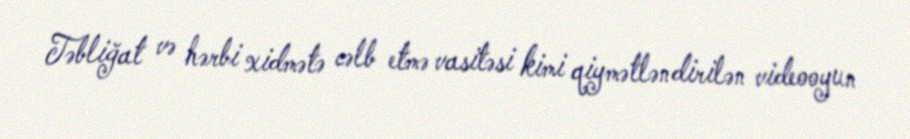
Təbliğat və hərbi xidmətə cəlb etmə vasitəsi kimi qiymətləndirilən videooyun